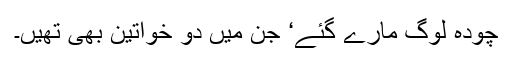
چودہ لوگ مارے گئے‘ جن میں دو خواتین بھی تھیں۔